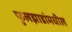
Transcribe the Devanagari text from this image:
फुलझाडांमधील